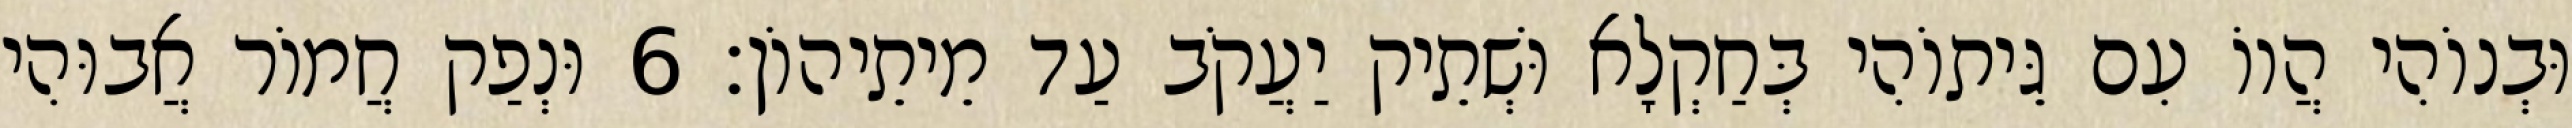
וּבְנוֹהִי הֲווֹ עִם גֵּיתוֹהִי בְּחַקְלָא וּשְׁתֵיק יַעֲקֹב עַד מֵיתֵיהוֹן׃ 6 וּנְפַק חֲמוֹר אֲבוּהִי